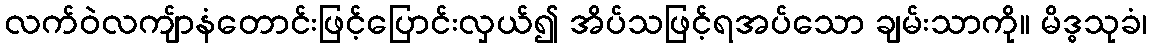
လက်ဝဲလကျ်ာနံတောင်းဖြင့်ပြောင်းလှယ်၍ အိပ်သဖြင့်ရအပ်သော ချမ်းသာကို။ မိဒ္ဓသုခံ၊